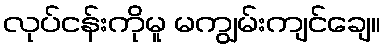
လုပ်ငန်းကိုမူ မကျွမ်းကျင်ချေ။